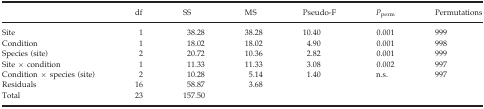
|  | df | SS | MS | Pseudo-F | Pperm | Permutations |
 | --- | --- | --- | --- | --- | --- | --- |
 | Site | 1 | 38.28 | 38.28 | 10.40 | 0.001 | 999 |
 | Condition | 1 | 18.02 | 18.02 | 4.90 | 0.001 | 998 |
 | Species (site) | 2 | 20.72 | 10.36 | 2.82 | 0.001 | 999 |
 | Site × condition | 1 | 11.33 | 11.33 | 3.08 | 0.002 | 997 |
 | Condition × species (site) | 2 | 10.28 | 5.14 | 1.40 | n.s. | 997 |
 | Residuals | 16 | 58.87 | 3.68 |  |  |  |
 | Total | 23 | 157.50 |  |  |  |  |